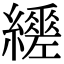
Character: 𦇈